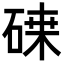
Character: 𥔫